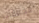
الخلافات